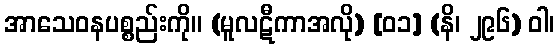
အာသေဝနပစ္စည်းကို။ (မူလဋီကာအလို) [၀၁] (နိ၊ ၂၉၆) ဝါ၊